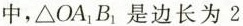
中，\triangle OA_{1}B_{1}是边长为2